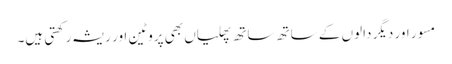
مسور اور دیگر دالوں کے ساتھ ساتھ پھلیاں بھی پروٹین اور ریشہ رکھتی ہیں۔